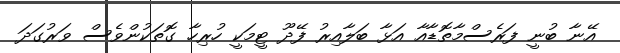
އޭނާ ބުނީ ފަރެސްމާތޮޑާއާ އަޅާ ބަލާއިރު ފޭދޫ ޓީމަކީ ހުރިހާ ގޮތަކުންވެސް ވަރުގަދަ